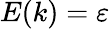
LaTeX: E(k)=\varepsilon